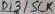
Text: D1